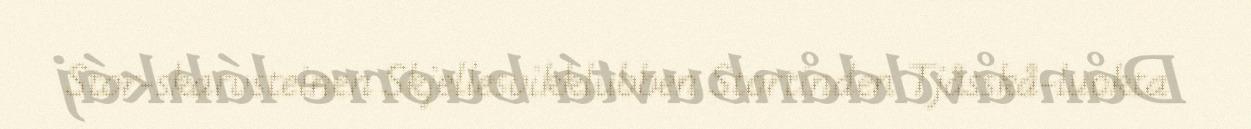
Stor-skarvsteinen Skjellesvikklubben Stortinden Tjåsskå-luokta